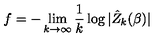
f = - \lim _ { k \rightarrow \infty } \frac { 1 } { k } \log | \hat { Z } _ { k } ( \beta ) |